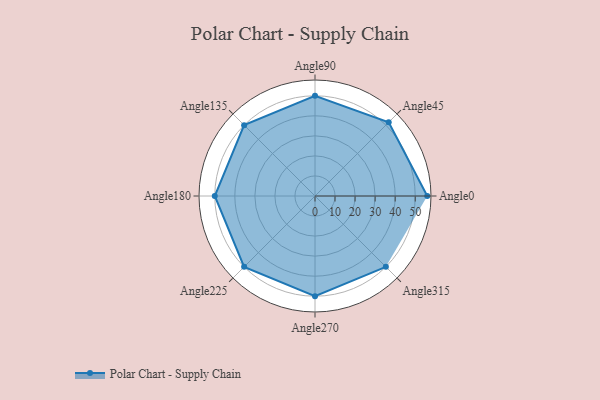
{"axis": {"x": "Angle", "y": "Radius"}, "legend": [""], "data": [{"x": "Angle0", "y": 56.0, "type": ""}, {"x": "Angle45", "y": 52.0, "type": ""}, {"x": "Angle90", "y": 50, "type": ""}, {"x": "Angle135", "y": 50, "type": ""}, {"x": "Angle180", "y": 50, "type": ""}, {"x": "Angle225", "y": 50, "type": ""}, {"x": "Angle270", "y": 50, "type": ""}, {"x": "Angle315", "y": 50, "type": ""}]}